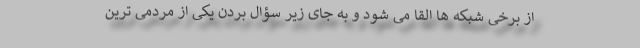
از برخی شبکه ها القا می شود و به جای زیر سؤال بردن یکی از مردمی ترین